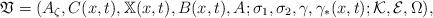
LaTeX: \begin{align*} \mathfrak{V} = (A_\zeta, C(x,t), \mathbb X(x,t), B(x,t), A; \sigma_1, \sigma_2, \gamma, \gamma_*(x,t);\mathcal K,\mathcal E,\Omega),\end{align*}